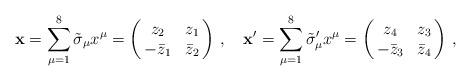
LaTeX: \begin{align*}\mathbf{x}=\sum_{\mu =1}^8 \tilde{\sigma}_{\mu}x^{\mu}=\left( \begin{array}{@{\,}cc@{\,}} z_2 & z_1\\ -\bar{z}_1 & \bar{z}_2 \end{array} \right)\,,\quad \mathbf{x}'=\sum_{\mu =1}^8 \tilde{\sigma}'_{\mu}x^{\mu}=\left( \begin{array}{@{\,}cc@{\,}} z_4 & z_3\\ -\bar{z}_3 & \bar{z}_4 \end{array} \right)\,,\end{align*}